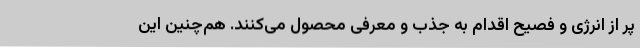
پر از انرژی و فصیح اقدام به جذب و معرفی محصول می‌کنند. هم‌چنین این